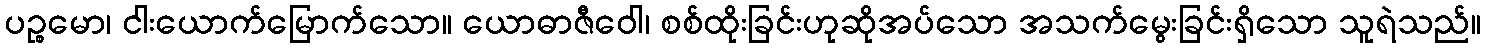
ပဉ္စမော၊ ငါးယောက်မြောက်သော။ ယောဓာဇီဝေါ၊ စစ်ထိုးခြင်းဟုဆိုအပ်သော အသက်မွေးခြင်းရှိသော သူရဲသည်။